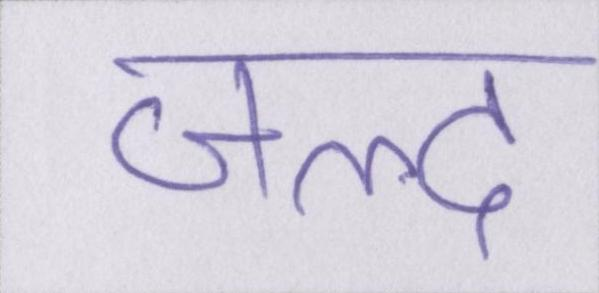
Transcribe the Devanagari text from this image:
जल्द